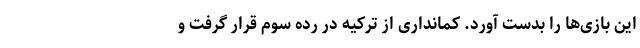
این بازی‌ها را بدست آورد. کمانداری از ترکیه در رده سوم قرار گرفت و